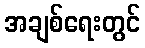
အချစ်ရေးတွင်